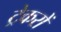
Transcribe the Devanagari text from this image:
ट्रेकरों